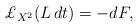
LaTeX: \begin{align*}\pounds _{X^{2}}(L\,dt)=-dF, \end{align*}